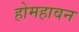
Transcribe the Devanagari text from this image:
होमहावन